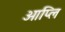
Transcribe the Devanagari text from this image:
आप्लि